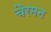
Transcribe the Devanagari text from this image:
चैरमन